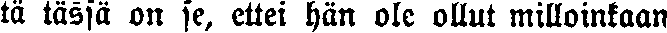
tä tässä on se, ettei hän ole ollut milloinkaan